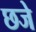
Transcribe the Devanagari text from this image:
छजे